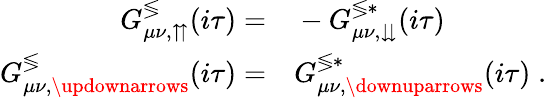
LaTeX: \begin{array}{rl}{G_{\mu\nu,\upuparrows}^{\lessgtr}(i\tau)=}&{{}-G_{\mu\nu,\downdownarrows}^{\lessgtr*}(i\tau)}\\ {G_{\mu\nu,\updownarrows}^{\lessgtr}(i\tau)=}&{{}G_{\mu\nu,\downuparrows}^{\lessgtr*}(i\tau)\; .}\end{array}